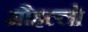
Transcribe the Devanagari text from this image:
मौहल्लो